Vaccination in the Punjab 1883-1896 - 1883-1896
Year: 1883
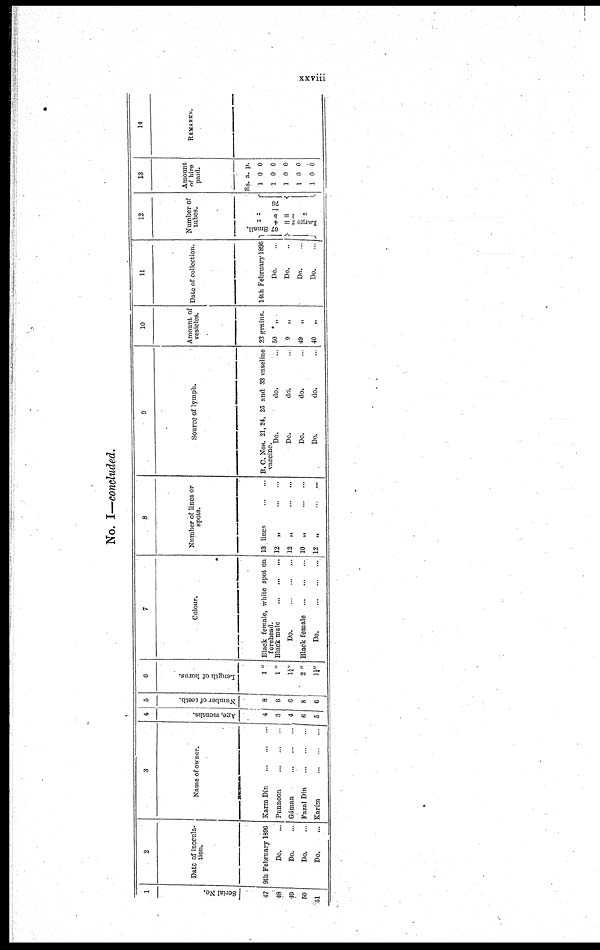
xxviii
No. I—concluded.
1
Serial No.
47
48
49
50
51
2
Date of inocula¬
tion.
9th February 1896
Do. ...
Do. ...
Do. ...
Do. ...
3
Name of owner.
Karm Dín
...
...
...
Punnoon
...
...
...
Gáman
...
...
...
Fazal Dín
...
...
...
Karím
...
...
...
4
Age, months.
4
3
4
6
5
5
Number of teeth.
8
6
6
8
6
6
Length of horns.
1 "
1 "
1¼"
2 "
1¼
7
Colour.
Black female, white spot on
forehead.
Black male
...
...
...
Do.
...
...
...
Black female
...
...
...
Do.
...
...
...
8
Number of lines or
spots.
13 lines
...
...
12 „
...
...
12 „ ... ...
10 „ ... ...
12 „ ... ...
9
Source of lymph.
B. C. NOS. 21, 24, 25 and 33 vaseline
vaccine.
Do.
do. ...
Do.
do. ...
Do.
do. ...
Do.
do. ...
10
Amount of
vesicles.
23 grains.
50 „
9
„
49„
40 „
11
Date of collection.
14th February 1896
Do. ...
Do. ...
Do. ...
Do. ...
12
Number of
tubes.
Small.
67
„
4
=
Large 2
„
5
=
„
1
76
13
Amount
of hire
paid.
Rs.
1
1
1
1
1
a.
0
0
0
0
0
p.
0
0
0
0
0
14
REMARKS.